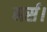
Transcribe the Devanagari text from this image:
नर्स।